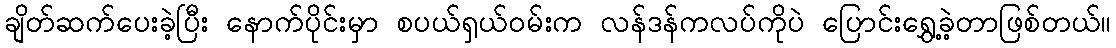
ချိတ်ဆက်ပေးခဲ့ပြီး နောက်ပိုင်းမှာ စပယ်ရှယ်ဝမ်းက လန်ဒန်ကလပ်ကိုပဲ ပြောင်းရွှေ့ခဲ့တာဖြစ်တယ်။